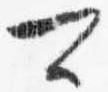
可